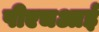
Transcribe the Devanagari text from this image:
पीएचआई